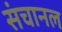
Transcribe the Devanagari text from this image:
संचानल